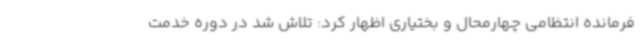
فرمانده انتظامی چهارمحال و بختیاری اظهار کرد: تلاش شد در دوره خدمت